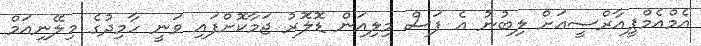
އެމްއެމްޕީއާރްސީއަށް ލިބުނު އެ ފަސް މިލިއަން ޑޮލޮަރު ޖަމާކޮށްފައި ވަނީ ހާމިދުގެ މިލޭނިއަމް